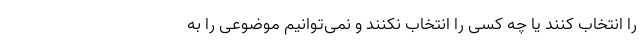
را انتخاب کنند یا چه کسی را انتخاب نکنند و نمی‌توانیم موضوعی را به